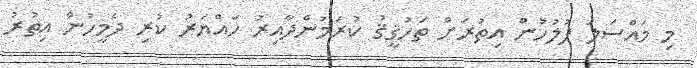
މި މައްސަލަ ފުލުހުން އިތުރަށް ތަހުޤީޤު ކުރަމުންދާއިރު ހައްޔަރު ކުރި ދެމީހުން އިތުރު